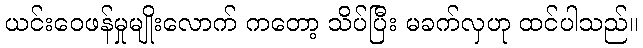
ယင်းဝေဖန်မှုမျိုးလောက် ကတော့ သိပ်ပြီး မခက်လှဟု ထင်ပါသည်။